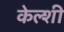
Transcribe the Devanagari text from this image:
केल्शी